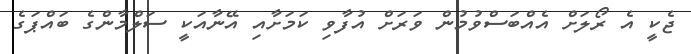
ޖެކީ އެ ރޯލަށް އެއްބަސްވުމުން ވަރަށް އުފާވި ކަމަށާއި އޭނާއަކީ ސަލްމާންގެ ބައްޕަގެ